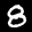
Label: 8